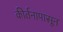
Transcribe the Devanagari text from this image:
कीर्तनापासून